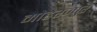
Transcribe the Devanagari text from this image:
मोहरज्पुर